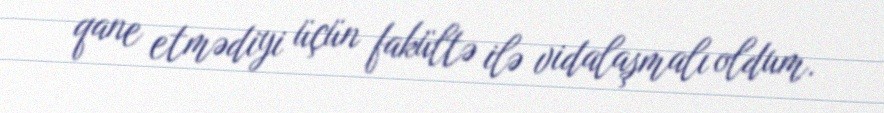
qane etmədiyi üçün fakültə ilə vidalaşmalı oldum.